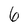
Character: 6